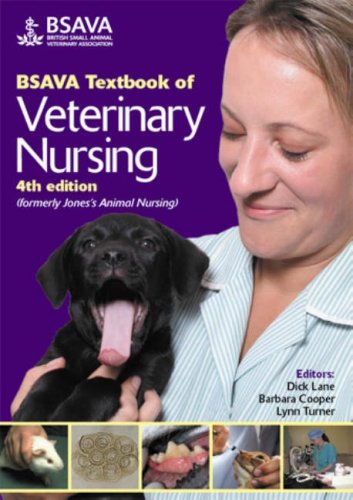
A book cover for BSAVA Textbook of Veterinary Nursing (BSAVA British Small Animal Veterinary Association); Medical Books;